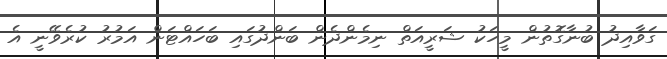
ގަވާއިދު ބުނާގޮތުން މީހަކު ޝަރީއަތް ނިމެންދެން ބަންދުގައި ބަހައްޓަން އަމުރު ކުރެވޭނީ އެ